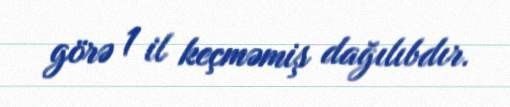
görə 1 il keçməmiş dağılıbdır.